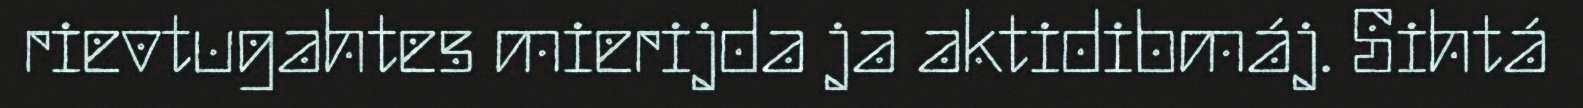
rievtugahtes mierijda ja aktidibmáj. Sihtá